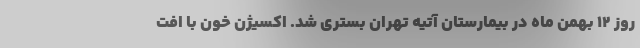
روز ۱۲ بهمن ماه در بیمارستان آتیه تهران بستری شد. اکسیژن خون با افت